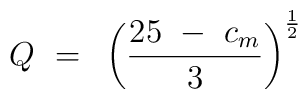
Q~=~\left ( {{25~-~c_m} \over 3} \right )^{\frac12}